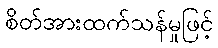
စိတ်အားထက်သန်မှုဖြင့်